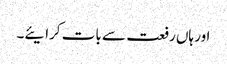
اور ہاں رفعت سے بات کرایئے۔